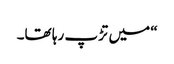
“ میں تڑپ رہا تھا۔